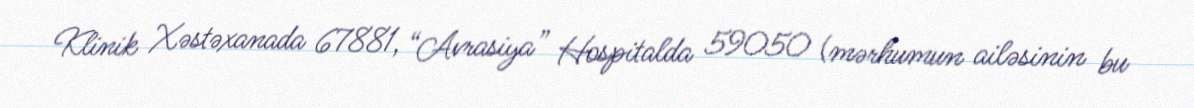
Klinik Xəstəxanada 67881, “Avrasiya” Hospitalda 59050 (mərhumun ailəsinin bu